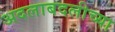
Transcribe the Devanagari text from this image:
अदलाबदलीच्या